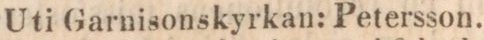
Uti Garnisonskyrkan: Petersson.